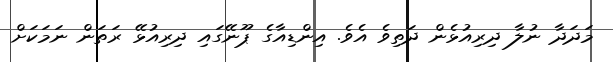
މަދަދާ ނުލާ ދިރިއުޅެން ދަތިވެ އެވެ. އިންޑިއާގެ ޕޫނޭގައި ދިރިއުޅޭ ރަތަން ނަމަކަށް